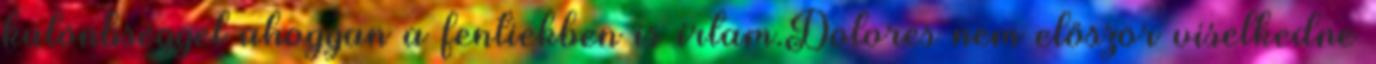
különbséggel ahogyan a fentiekben is írtam.Dolores nem először viselkedne